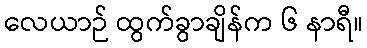
လေယာဉ် ထွက်ခွာချိန်က ၆ နာရီ။